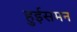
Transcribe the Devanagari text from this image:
हुईसमन